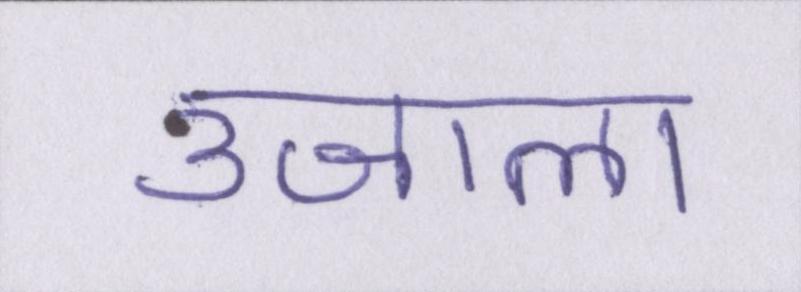
उजाला